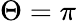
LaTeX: \Theta=\pi